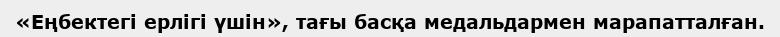
«Еңбектегі ерлігі үшін», тағы басқа медальдармен марапатталған.